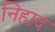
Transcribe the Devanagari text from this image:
निहाद